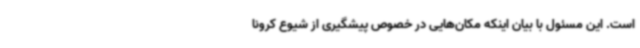
است. این مسئول با بیان اینکه مکان‌هایی در خصوص پیشگیری از شیوع کرونا